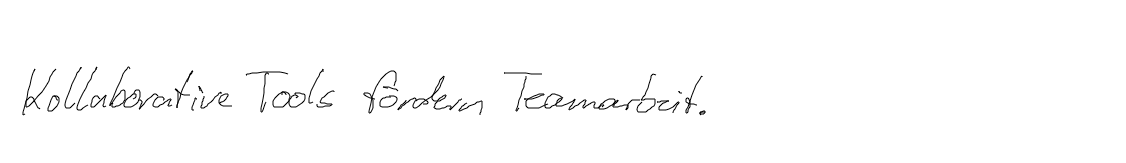
Kollaborative Tools fördern Teamarbeit.